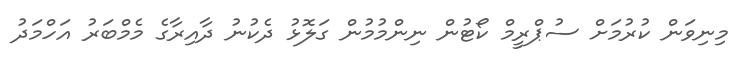
މިނިވަން ކުރުމަށް ސުޕްރީމް ކޯޓުން ނިންމުމުން ގަލޮޅު ދެކުނު ދާއިރާގެ މެމްބަރު އަހްމަދު